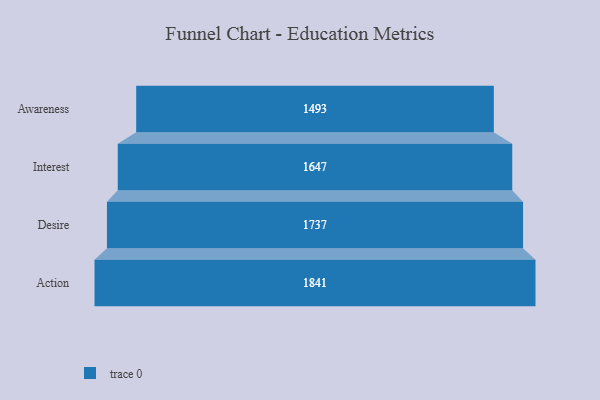
{"axis": {"x": "Stage", "y": "Value"}, "legend": [""], "data": [{"x": "Awareness", "y": 1493.0, "type": ""}, {"x": "Interest", "y": 1647.0, "type": ""}, {"x": "Desire", "y": 1737.0, "type": ""}, {"x": "Action", "y": 1841.0, "type": ""}]}